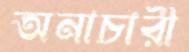
অনাচারী